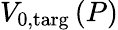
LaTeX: V_{\mathrm{0,targ}}\left(P\right)